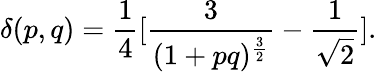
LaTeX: \delta(p,q)={\frac{1}{4}}[{\frac{3}{(1+pq)^{\frac{3}{2}}}}-{\frac{1}{\sqrt 2}}].